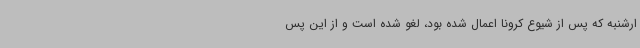
ارشنبه که پس از شیوع کرونا اعمال شده بود، لغو شده است و از این پس